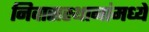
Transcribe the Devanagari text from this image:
निवासस्थानांमध्ये